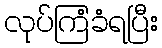
လုပ်ကြံခံရပြီး